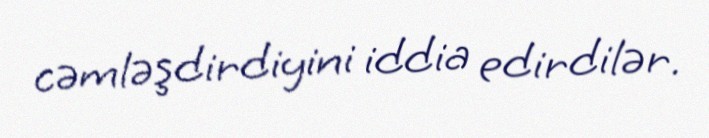
cəmləşdirdiyini iddia edirdilər.